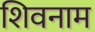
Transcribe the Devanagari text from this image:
शिवनाम